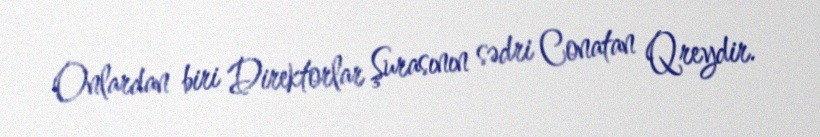
Onlardan biri Direktorlar Şurasının sədri Conatan Qreydir.